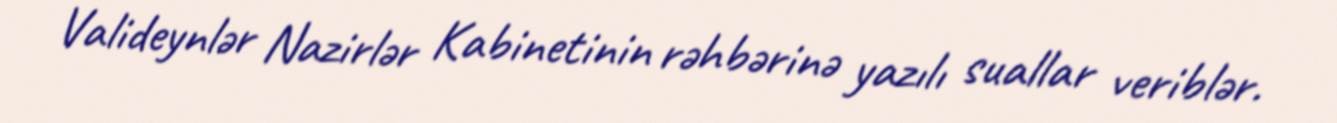
Valideynlər Nazirlər Kabinetinin rəhbərinə yazılı suallar veriblər.